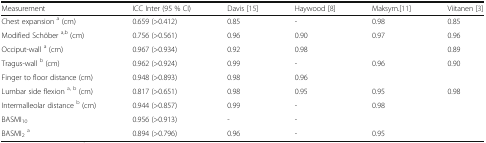
<table><thead><tr><td><b>Measurement</b></td><td><b>ICC Inter (95 % CI)</b></td><td><b>Davis [15]</b></td><td><b>Haywood [8]</b></td><td><b>Maksym.[11]</b></td><td><b>Viitanen [3]</b></td></tr></thead><tbody><tr><td>Chest expansion <sup>a</sup> (cm)</td><td>0.659 (&gt;0.412)</td><td>0.85</td><td>-</td><td>0.98</td><td>0.85</td></tr><tr><td>Modified Schöber <sup>a,b</sup> (cm)</td><td>0.756 (&gt;0.561)</td><td>0.96</td><td>0.90</td><td>0.97</td><td>0.96</td></tr><tr><td>Occiput-wall <sup>a</sup> (cm)</td><td>0.967 (&gt;0.934)</td><td>0.92</td><td>0.98</td><td></td><td>0.89</td></tr><tr><td>Tragus-wall <sup>b</sup> (cm)</td><td>0.962 (&gt;0.924)</td><td>0.99</td><td>-</td><td>0.96</td><td>0.90</td></tr><tr><td>Finger to floor distance (cm)</td><td>0.948 (&gt;0.893)</td><td>0.98</td><td>0.96</td><td></td><td></td></tr><tr><td>Lumbar side flexion <sup>a, b</sup> (cm)</td><td>0.817 (&gt;0.651)</td><td>0.98</td><td>0.95</td><td>0.95</td><td>0.98</td></tr><tr><td>Intermalleolar distance <sup>b</sup> (cm)</td><td>0.944 (&gt;0.857)</td><td>0.99</td><td>-</td><td>0.98</td><td></td></tr><tr><td>BASMI<sub>10</sub></td><td>0.956 (&gt;0.913)</td><td>-</td><td>-</td><td></td><td></td></tr><tr><td>BASMI<sub>2</sub><sup>a</sup></td><td>0.894 (&gt;0.796)</td><td>0.96</td><td>-</td><td>0.95</td><td></td></tr></tbody></table>